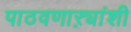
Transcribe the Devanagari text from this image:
पाठवणाऱ्यांशी